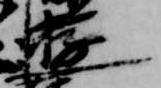
遊